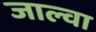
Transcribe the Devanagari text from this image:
जाल्वा